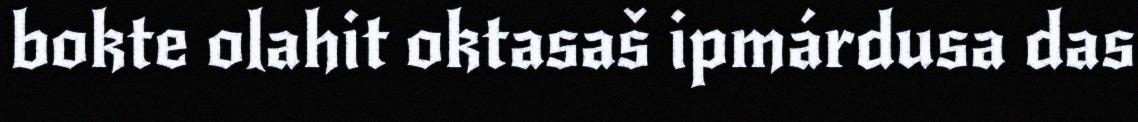
bokte olahit oktasaš ipmárdusa das